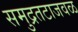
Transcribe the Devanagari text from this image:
समुद्रतटाजवळ